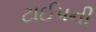
ટાઈપની